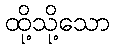
ထို့သို့သော